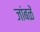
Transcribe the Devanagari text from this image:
जांबळें